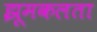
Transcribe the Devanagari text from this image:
झूमकलता